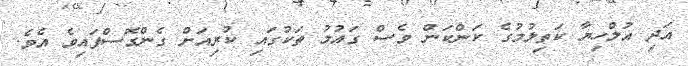
އަދި އުލްހިޔާ ކަތިލުމުގެ ކަންކަން ވެސް ގައުމު ތަކުގައި ކުރިއަށް ގެންގޮސްފައިވެ އެވެ.